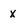
Character: x